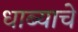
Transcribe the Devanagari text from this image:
धाब्याचे